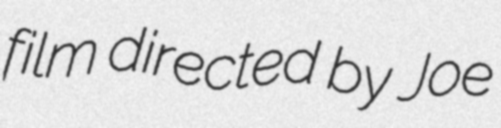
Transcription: film directed by Joe